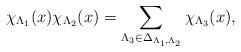
LaTeX: \begin{align*}\chi_{\Lambda_{1}}(x)\chi_{\Lambda_{2}}(x)=\sum_{\Lambda_{3}\in\Delta_{\Lambda_{1},\Lambda_{2}}}\chi_{\Lambda_{3}}(x),\end{align*}